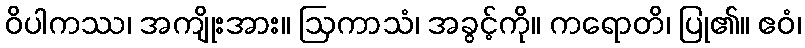
ဝိပါကဿ၊ အကျိုးအား။ ဩကာသံ၊ အခွင့်ကို။ ကရောတိ၊ ပြု၏။ ဧဝံ၊